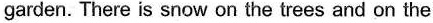
garden. There is snow on the trees and on the